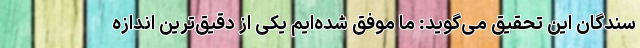
سندگان این تحقیق می‌گوید: ما موفق شده‌ایم یکی از دقیق‌ترین اندازه